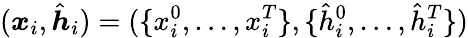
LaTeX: (\boldsymbol{x}_{i},\hat{\boldsymbol{h}}_{i})=(\{ x_{i}^{0},\dots,x_{i}^{T}\} ,\{ \hat{h}_{i}^{0},\dots,\hat{h}_{i}^{T}\} )